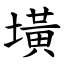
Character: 墴